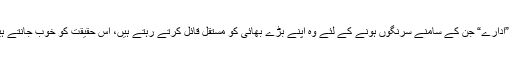
وہ ”ادارے“ جن کے سامنے سرنگوں ہونے کے لئے وہ اپنے بڑے بھائی کو مستقل قائل کرتے رہتے ہیں، اس حقیقت کو خوب جانتے ہیں۔